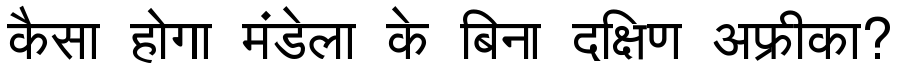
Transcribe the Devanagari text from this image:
कैसा होगा मंडेला के बिना दक्षिण अफ्रीका?